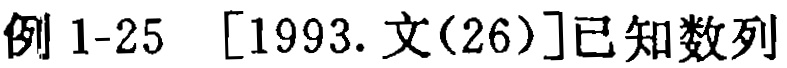
例 1-25 [1993. 文(26)]已知数列